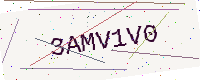
Text: 3AMV1V0